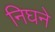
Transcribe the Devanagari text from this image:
निघने